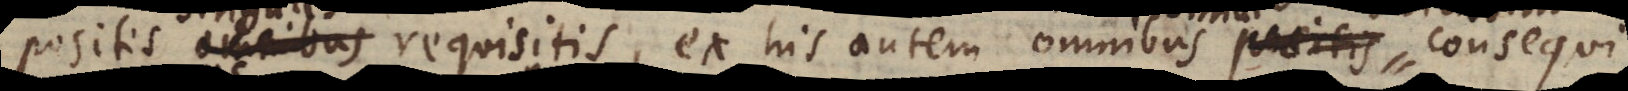
ibus requisitis, ex his autem omnibus positis